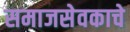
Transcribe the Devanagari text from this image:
समाजसेवकाचे